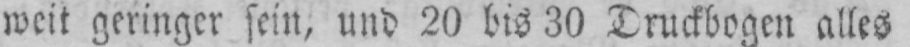
weit geringer sein, und 20 bis 30 Druckbogen alles